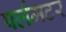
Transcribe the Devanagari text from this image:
पर्लमटर